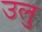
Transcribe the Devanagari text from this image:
उलु